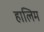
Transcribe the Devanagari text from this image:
हालिम